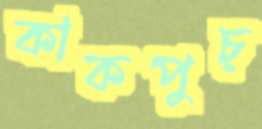
কাকপুচ্